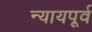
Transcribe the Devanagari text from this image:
न्यायपूर्व